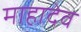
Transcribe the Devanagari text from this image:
माहादेव